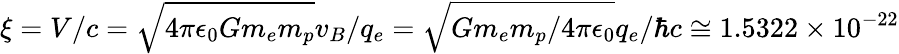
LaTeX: \xi=V/c=\sqrt{4\pi\epsilon_{0}Gm_{e}m_{p}}v_{B}/q_{e}=\sqrt{Gm_{e}m_{p}/4\pi\epsilon_{0}}q_{e}/\hbar c\cong 1.5322\times 10^{-22}